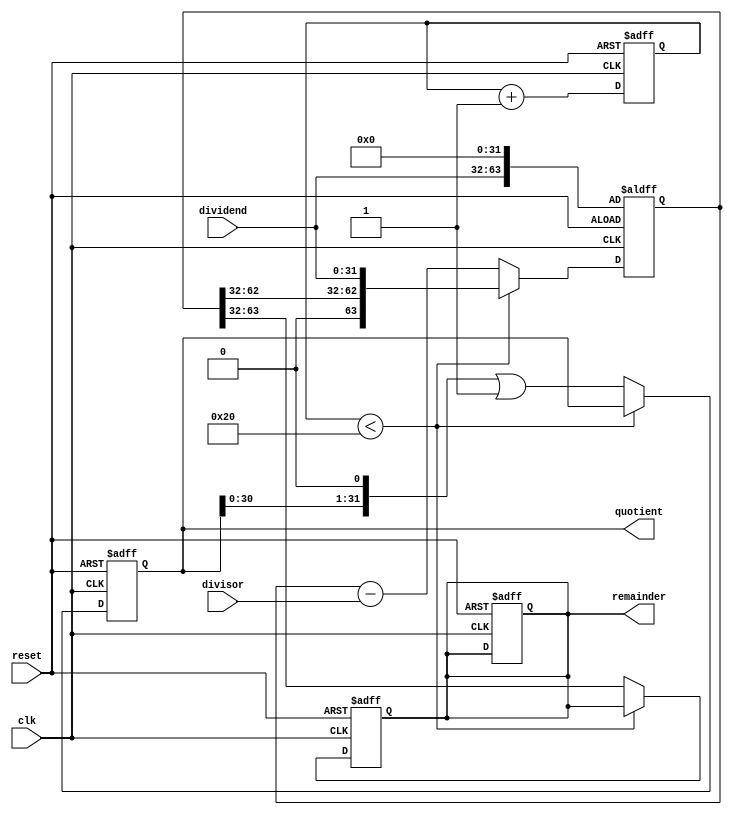
module radix2_srt_divider (
    input wire clk,
    input wire reset,
    input wire [31:0] dividend,
    input wire [31:0] divisor,
    output reg [31:0] quotient,
    output reg [31:0] remainder
);

reg [31:0] count;
reg [63:0] temp_dividend;
reg [31:0] temp_remainder;

always @(posedge clk or posedge reset) begin
    if (reset) begin
        quotient <= 0;
        remainder <= 0;
        count <= 0;
        temp_dividend <= {dividend, 32'b0};
        temp_remainder <= 0;
    end else begin
        if (count < 32) begin
            temp_dividend <= {temp_dividend[62:32], dividend};
            temp_remainder <= temp_remainder;
        end else begin
            temp_dividend <= temp_dividend - divisor;
            temp_remainder <= temp_dividend[63:32];
            quotient <= quotient << 1 | 1'b1;
        end

        count <= count + 1;
    end
end

assign remainder = temp_remainder;

endmodule